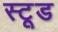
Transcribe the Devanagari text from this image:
स्टूड